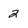
Character: 2